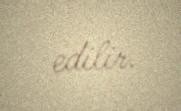
edilir.